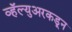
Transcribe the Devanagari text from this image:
व्हॅल्युअरकडून